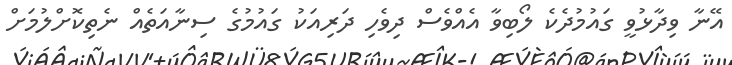
އޭނާ ވިދާޅުވީ ގައުމުދެކެ ލޯބިވާ އެއްވެސް ދިވެހި ދަރިއަކު ގައުމުގެ ސިނާއަތެއް ނެތިކޮށްލުމަށް